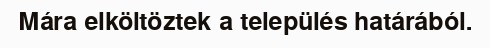
Mára elköltöztek a település határából.